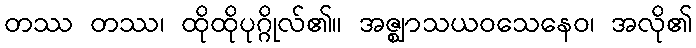
တဿ တဿ၊ ထိုထိုပုဂ္ဂိုလ်၏။ အဇ္ဈာသယဝသေနေဝ၊ အလို၏